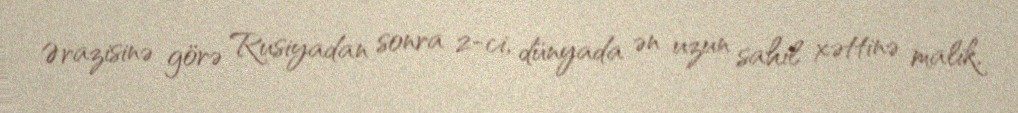
Ərazisinə görə Rusiyadan sonra 2-ci, dünyada ən uzun sahil xəttinə malik,